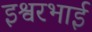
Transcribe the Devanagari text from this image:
इश्वरभाई